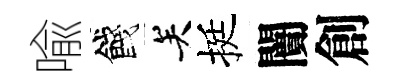
喩餞关挺闠創